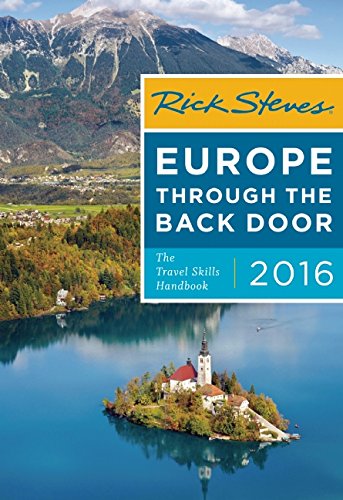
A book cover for Rick Steves Europe Through the Back Door 2016: The Travel Skills Handbook; Rick Steves; Travel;